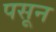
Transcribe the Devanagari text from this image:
पसून